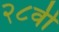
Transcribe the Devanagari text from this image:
२८वी